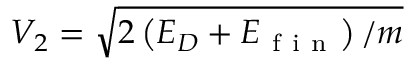
V _ { 2 } = \sqrt { 2 \left( E _ { D } + E _ { \mathrm { ~ f ~ i ~ n ~ } } \right) / m }